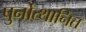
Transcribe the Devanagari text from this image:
पुर्नोत्थानित